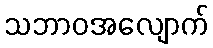
သဘာဝအလျောက်